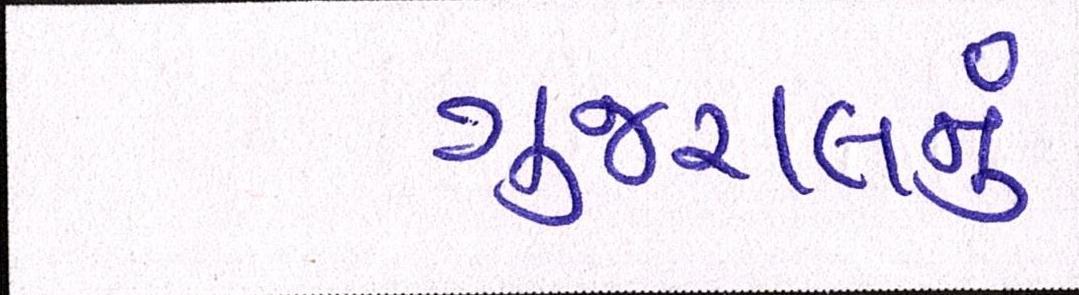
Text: ગુજરાલનું